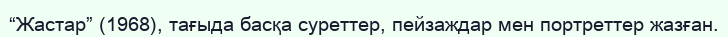
“Жастар” (1968), тағыда басқа суреттер, пейзаждар мен портреттер жазған.